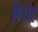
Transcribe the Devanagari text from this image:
विरोह